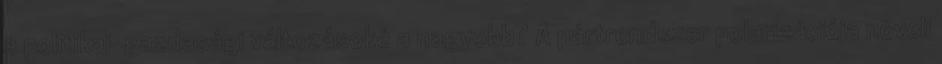
a politikai-gazdasági változásoké a nagyobb? A pártrendszer polarizációja növeli